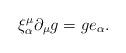
LaTeX: \begin{align*}\xi^\mu_\alpha \partial_\mu g = g e_\alpha.\end{align*}